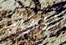
لنقله